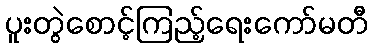
ပူးတွဲစောင့်ကြည့်ရေးကော်မတီ